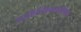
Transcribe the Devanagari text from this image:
साहित्यिकपत्रिका